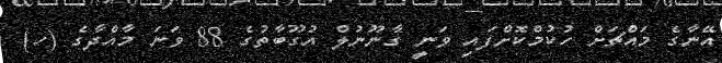
އޭނާގެ މައްޗަށް ހުކުމްކޮށްފައި ވަނީ ގާނޫނުލް އުގޫބާތުގެ 88 ވަނަ މާއްދާގެ (ހ)